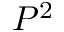
P ^ { 2 }